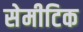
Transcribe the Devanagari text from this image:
सेमीटिक